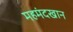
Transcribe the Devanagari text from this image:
महमंदखान